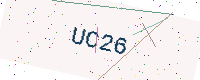
Text: UC26